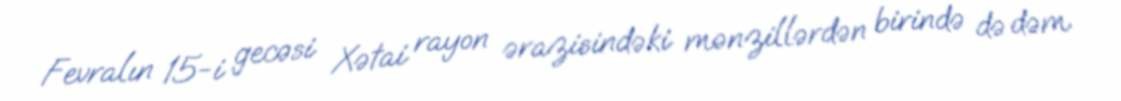
Fevralın 15-i gecəsi Xətai rayon ərazisindəki mənzillərdən birində də dəm